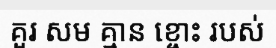
គួរ សម គ្មាន ខ្ចោះ របស់